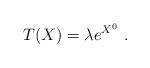
LaTeX: \begin{align*}T(X)= \lambda e^{X^0}~.\end{align*}